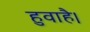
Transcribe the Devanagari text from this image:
हुवाहै।